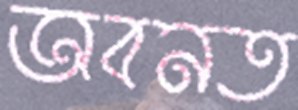
অবনত